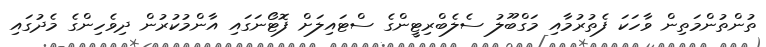
ތުންތުންމަތިން ވާހަކަ ފެތުރުމާއި މަގްބޫލު ސެލެބްރިޓީންގެ ސްޓައިލަށް ފޮޓޯނަގައި އާންމުކުރުން ދިވެހިންގެ މެދުގައި